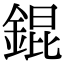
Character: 錕